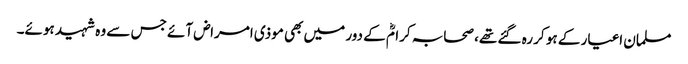
مسلمان اغیار کے ہو کر رہ گئے تھے، صحابہ کرامؓ کے دور میں بھی موذی امراض آئے جس سے وہ شہید ہوئے۔